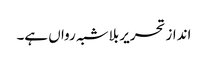
انداز تحریر بلاشبہ رواں ہے۔